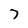
Character: 7